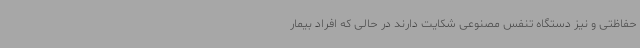
حفاظتی و نیز دستگاه تنفس مصنوعی شکایت دارند در حالی که افراد بیمار